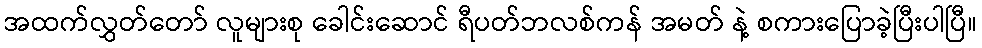
အထက်လွှတ်တော် လူများစု ခေါင်းဆောင် ရီပတ်ဘလစ်ကန် အမတ် နဲ့ စကားပြောခဲ့ပြီးပါပြီ။